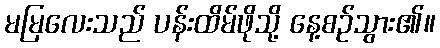
မမြလေးသည် ပန်းထိမ်ဖိုသို့ နေ့စဉ်သွား၏။